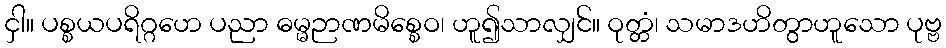
ငှါ။ ပစ္စယပရိဂ္ဂဟေ ပညာ ဓမ္မဉာဏမိစ္စေဝ၊ ဟူ၍သာလျှင်။ ဝုတ္တံ၊ သမာဒဟိတွာဟူသော ပုဗ္ဗ